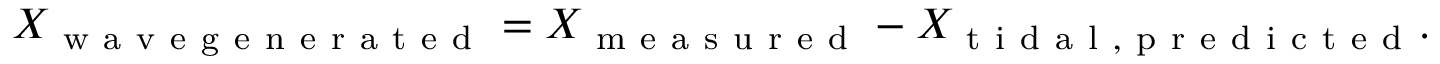
X _ { \mathrm { ~ w ~ a ~ v ~ e ~ g ~ e ~ n ~ e ~ r ~ a ~ t ~ e ~ d ~ } } = X _ { \mathrm { ~ m ~ e ~ a ~ s ~ u ~ r ~ e ~ d ~ } } - X _ { \mathrm { ~ t ~ i ~ d ~ a ~ l ~ , ~ p ~ r ~ e ~ d ~ i ~ c ~ t ~ e ~ d ~ } } .